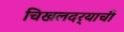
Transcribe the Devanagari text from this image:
चिखलदर्‍याची